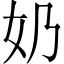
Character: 奶